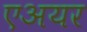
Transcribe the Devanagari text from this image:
एअयर